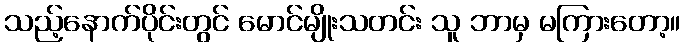
သည့်နောက်ပိုင်းတွင် မောင်မျိုးသတင်း သူ ဘာမှ မကြားတော့။